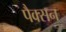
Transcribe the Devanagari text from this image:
पैक्सन